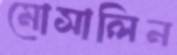
মোসালিন